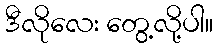
ဒီလိုလေး တွေ့လို့ပါ။